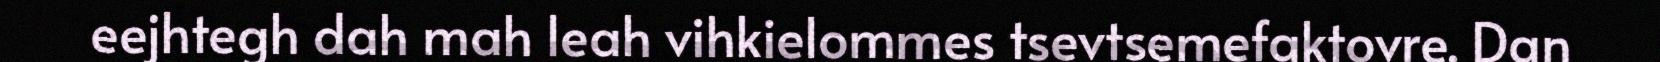
eejhtegh dah mah leah vihkielommes tsevtsemefaktovre. Dan